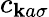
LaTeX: c_{\mathbf{k}a\sigma}